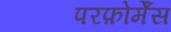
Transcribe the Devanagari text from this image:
परफ़ोर्मेंस